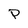
Character: P